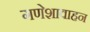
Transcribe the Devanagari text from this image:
गणेशावाहन